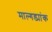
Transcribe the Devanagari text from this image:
माल्गड्यांक